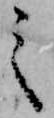
之